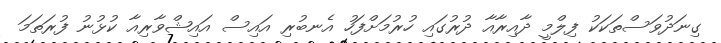
ގިނަދުވަސްތަކަކު ފިލްމީ ދާއިރާއާ ދުރުގައި ހުރުމަށްފަހު އެނބުރި އައިސް އައިޝްވާރިއާ ކުޅުނު ފުރަތަމަ